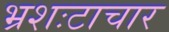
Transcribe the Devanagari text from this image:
भ्रशःटाचार